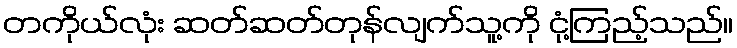
တကိုယ်လုံး ဆတ်ဆတ်တုန်လျက်သူ့ကို ငုံ့ကြည့်သည်။